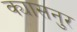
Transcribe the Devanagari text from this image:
क्यासनुर